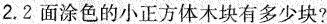
2.2面涂色的小正方体木块有多少块?